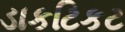
ડાકટિકટ